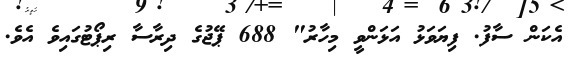
އެކަން ސާފު. ފިޔަވަޅު އަޅަންވީ މިހާރު" 688 ޕޭޖުގެ ދިރާސާ ރިޕޯޓުގައިވެ އެވެ.